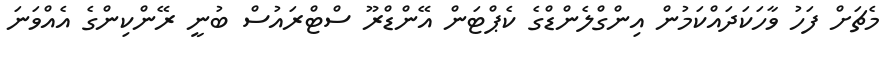
މެޗަށް ފަހު ވާހަކަދައްކަމުން އިންގްލެންޑްގެ ކެޕްޓަން އޭންޑްރޫ ސްޓްރައުސް ބުނީ ރޭންކިންގެ އެއްވަނަ